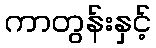
ကာတွန်းနှင့်